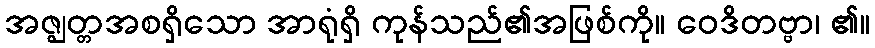
အဇ္ဈတ္တအစရှိသော အာရုံရှိ ကုန်သည်၏အဖြစ်ကို။ ဝေဒိတဗ္ဗာ၊ ၏။